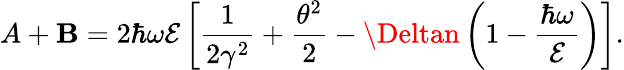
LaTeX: A+\mathbf{B}=2\hbar\omega\mathcal{{E}}\left[\frac{{1}}{{2\gamma^{2}}}+\frac{{\theta^{2}}}{{2}}-\Deltan\left(1-\frac{{\hbar\omega}}{{\mathcal{{E}}}}\right)\right].